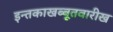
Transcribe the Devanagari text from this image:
इन्तकाखब्बूतवारीख